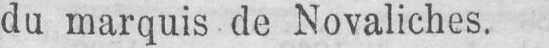
du marquis de Novaliches.